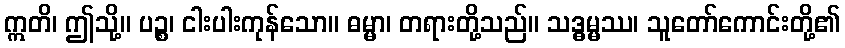
ဣတိ၊ ဤသို့။ ပဉ္စ၊ ငါးပါးကုန်သော။ ဓမ္မာ၊ တရားတို့သည်။ သဒ္ဓမ္မဿ၊ သူတော်ကောင်းတို့၏